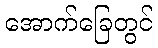
အောက်ခြေတွင်